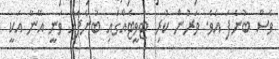
ވެސް ބުނެފަ އެވެ. ވަރުން ކުރި ޓުވީޓެއްގައި ބުނެފައި ވަނީ އޭނާ އަކީ